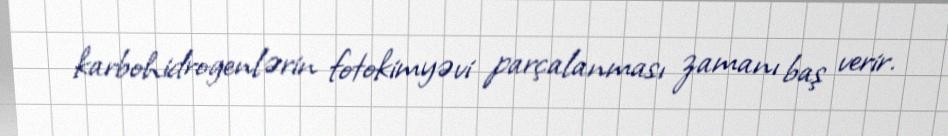
karbohidrogenlərin fotokimyəvi parçalanması zamanı baş verir.